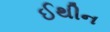
ઈથીન